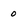
Character: 0